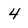
Character: 4